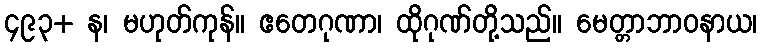
၄၉၃+ န၊ မဟုတ်ကုန်။ ဧတေဂုဏာ၊ ထိုဂုဏ်တို့သည်။ မေတ္တာဘာဝနာယ၊